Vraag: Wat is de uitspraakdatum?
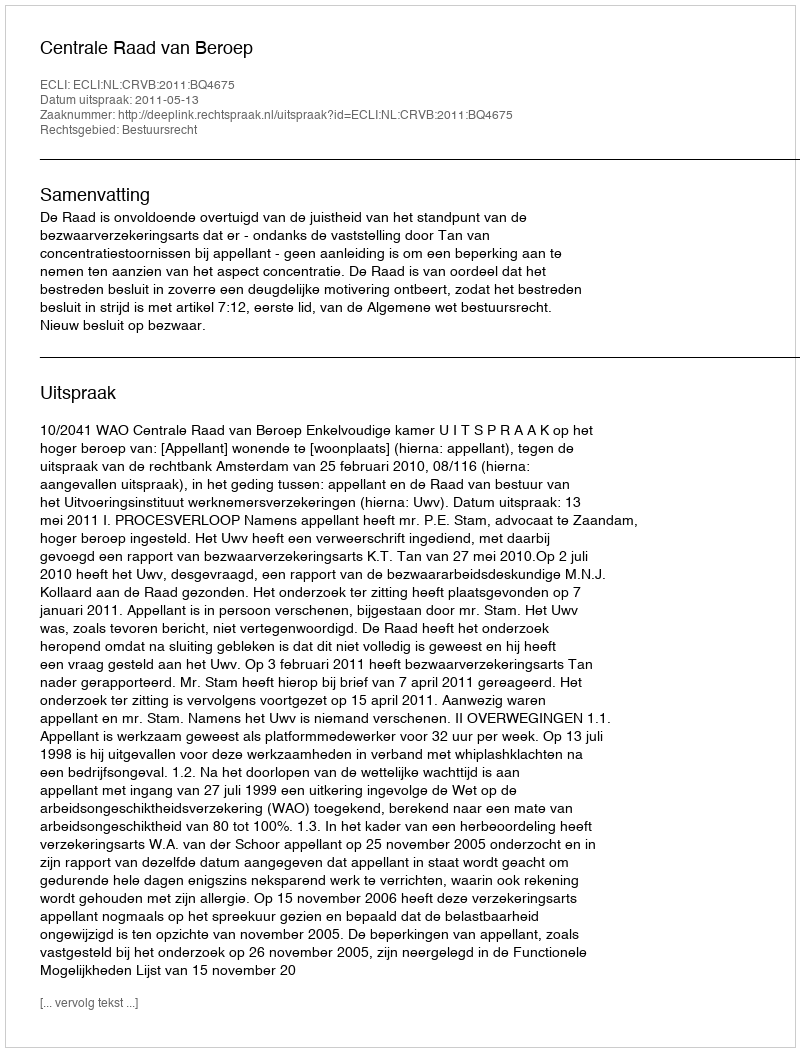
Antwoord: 2011-05-13